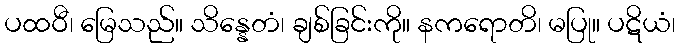
ပထဝီ၊ မြေသည်။ သိန္နေတံ၊ ချစ်ခြင်းကို။ နကရောတိ၊ မပြု။ ပဋိယံ၊